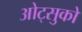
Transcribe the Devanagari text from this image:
ओट्सुको